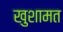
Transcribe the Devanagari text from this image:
खुशामत